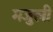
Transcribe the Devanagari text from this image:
मजुली